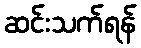
ဆင်းသက်ရန်